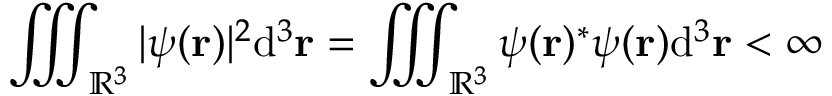
\iiint _ { \mathbb { R } ^ { 3 } } | \psi ( \mathbf { r } ) | ^ { 2 } \mathrm { { d } } ^ { 3 } \mathbf { r } = \iiint _ { \mathbb { R } ^ { 3 } } \psi ( \mathbf { r } ) ^ { * } \psi ( \mathbf { r } ) \mathrm { { d } } ^ { 3 } \mathbf { r } < \infty